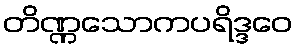
တိဏ္ဏသောကပရိဒ္ဒဝေ